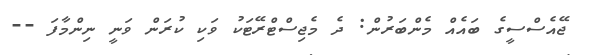
ޖޭއެސްސީގެ ބައެއް މެންބަރުން: ދެ މެޖިސްޓްރޭޓަކު ވަކި ކުރަން ވަނީ ނިންމާފަ --